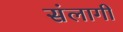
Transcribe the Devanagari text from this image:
संलागी